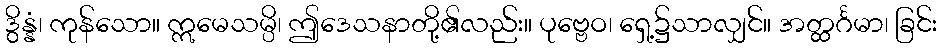
ဒွိန္နံ၊ ကုန်သော။ ဣမေသမ္ပိ၊ ဤဒေသနာတို့၏လည်း။ ပုဗ္ဗေဝ၊ ရှေ့၌သာလျှင်။ အတ္ထင်္ဂမာ၊ ခြင်း